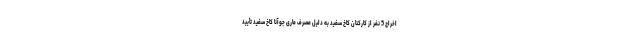
اخراج 5 نفر از کارکنان کاخ سفید به دلیل مصرف ماری جوآنا کاخ سفید تأیید